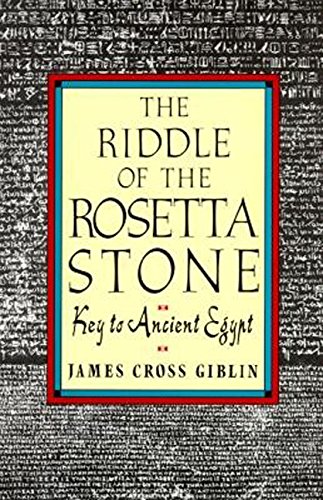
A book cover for The Riddle of the Rosetta Stone; James Cross Giblin; Children's Books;